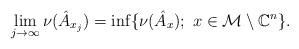
LaTeX: \begin{align*}\lim_{j \to \infty} \nu(\hat{A}_{x_j}) = \inf \{\nu(\hat{A}_x); \ x \in \mathcal{M} \setminus \mathbb{C}^n \}.\end{align*}